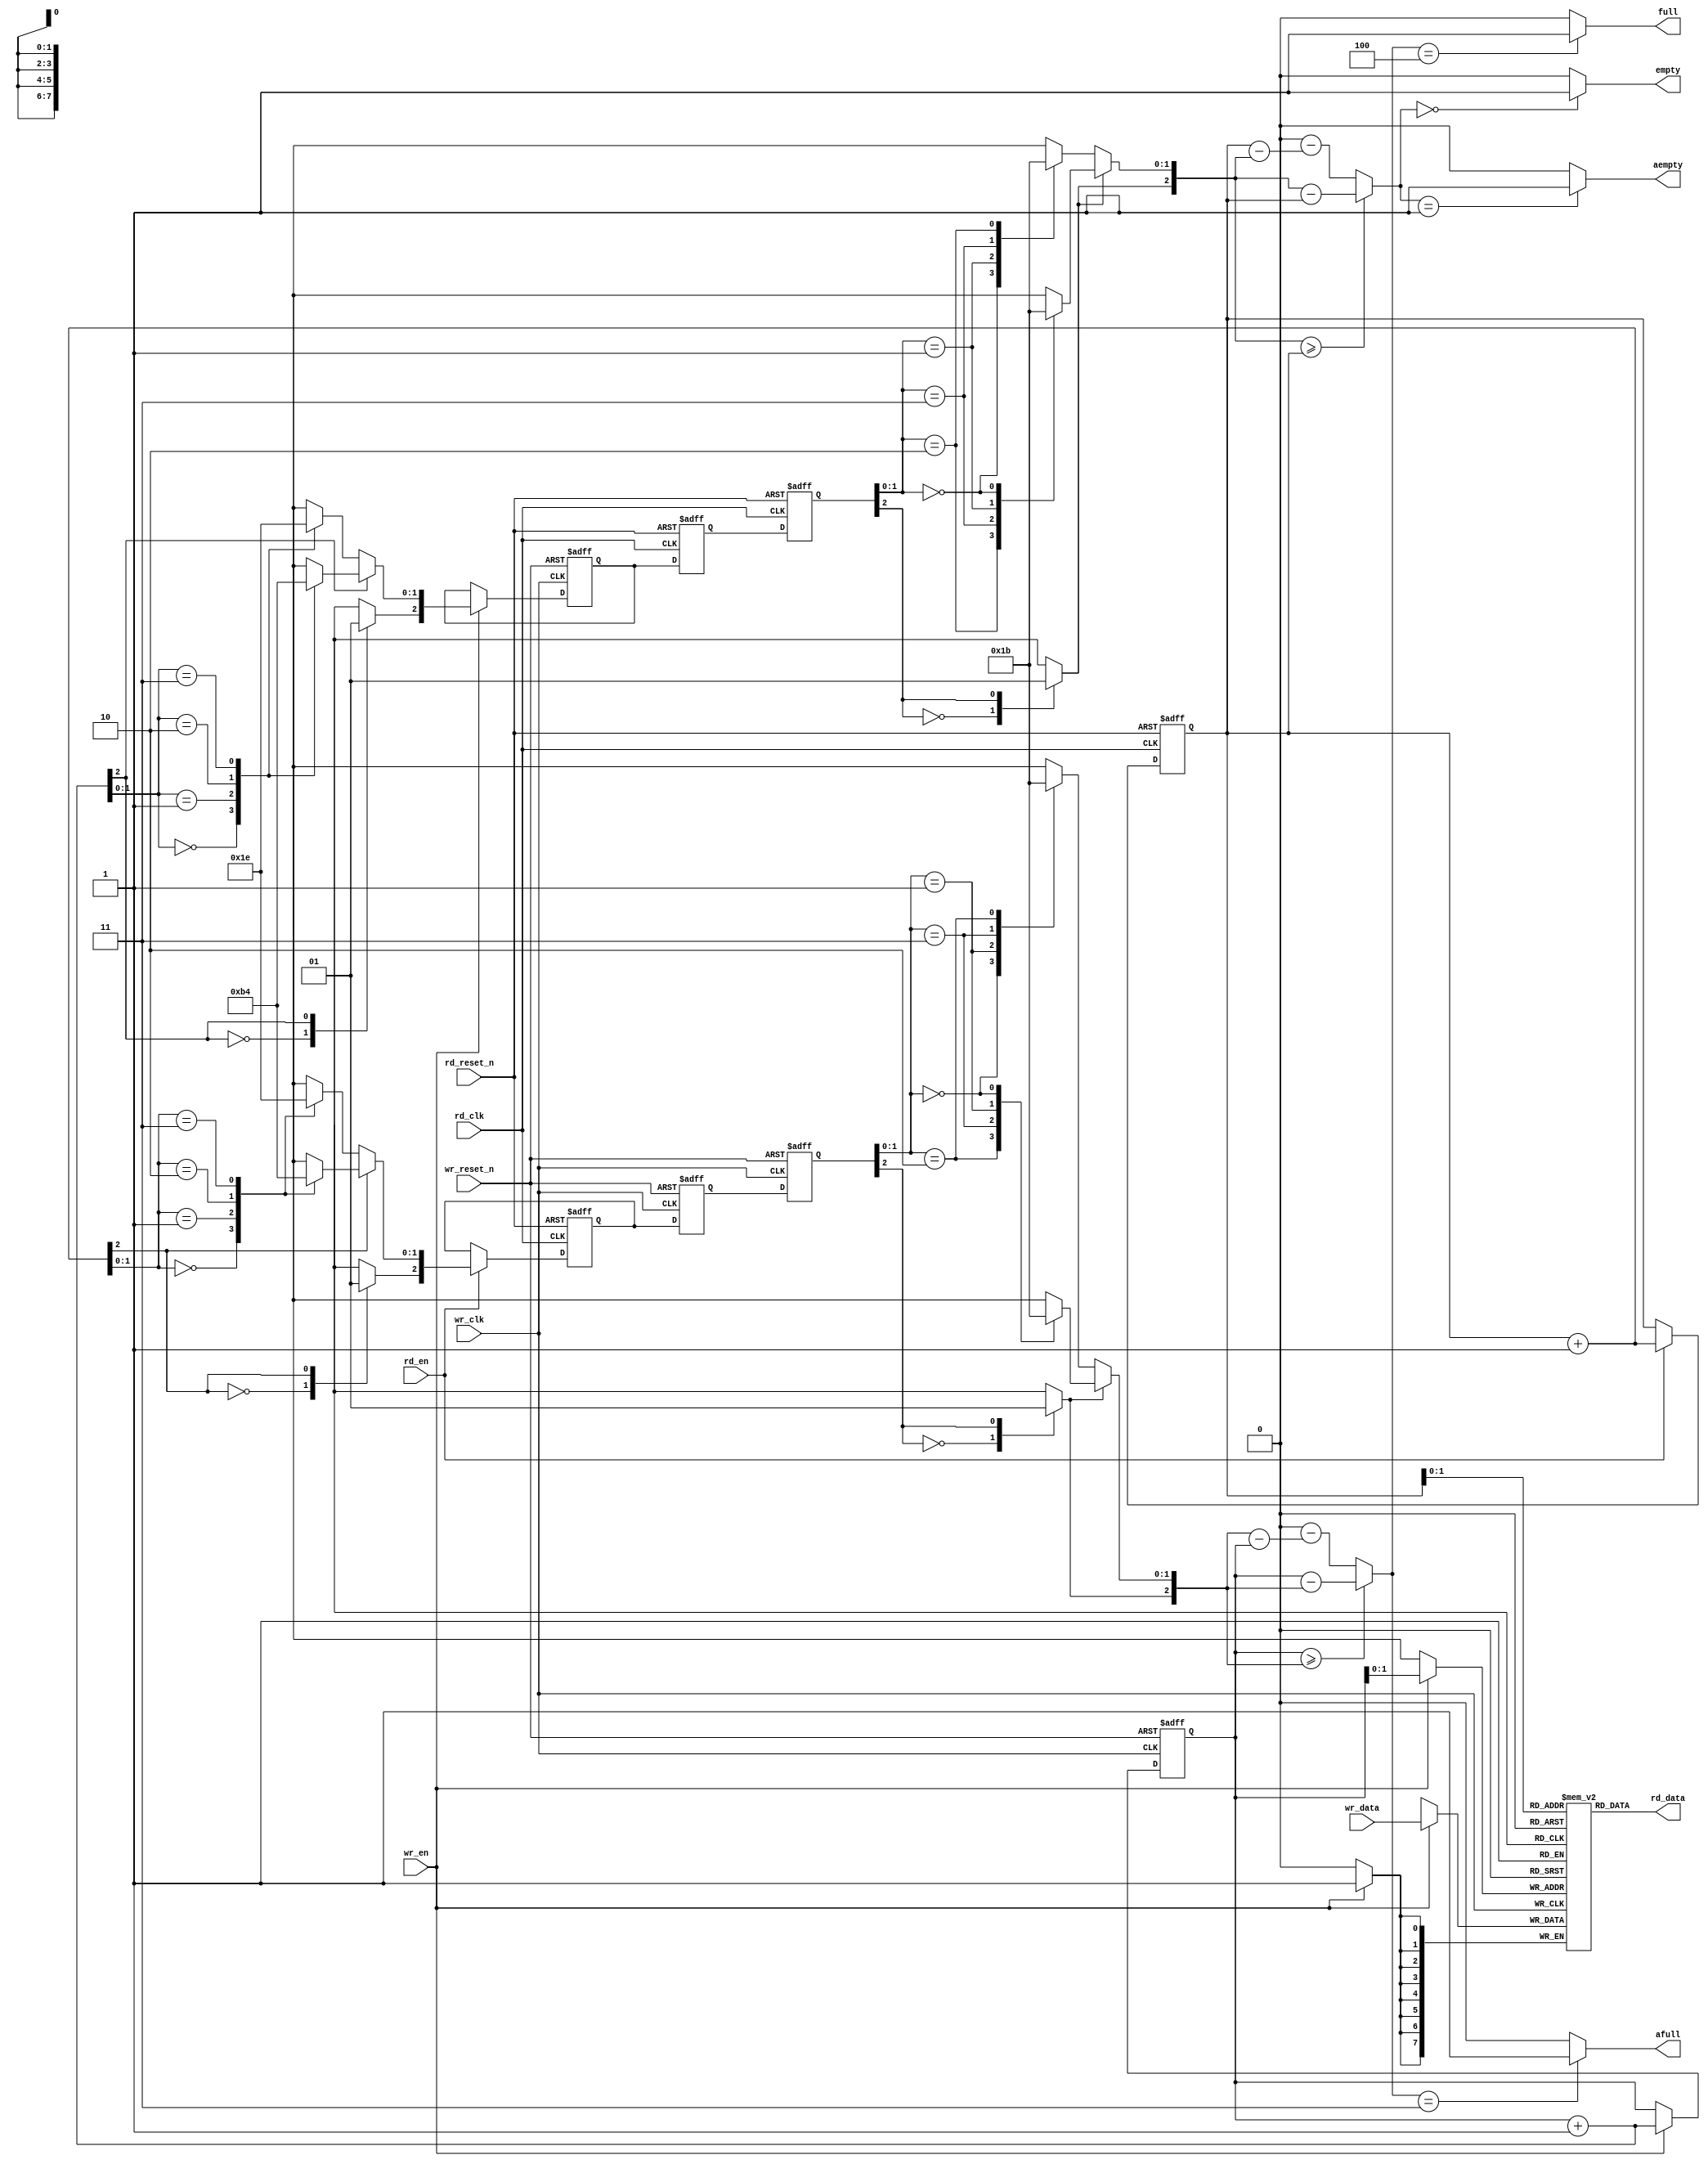
module async_fifo (wr_clk,
                   wr_reset_n,
                   wr_en,
                   wr_data,
                   full, // sync'ed to wr_clk
                   afull, // sync'ed to wr_clk
                   rd_clk,
                   rd_reset_n,
                   rd_en,
                   empty, // sync'ed to rd_clk
                   aempty, // sync'ed to rd_clk
                   rd_data);

   parameter W = 4'd8;
   parameter DP = 3'd4;
   parameter WR_FAST = 1'b1;
   parameter RD_FAST = 1'b1;
   parameter FULL_DP = DP;
   parameter EMPTY_DP = 1'b0;

   parameter AW = (DP == 2)   ? 1 :
          (DP == 4)   ? 2 :
                  (DP == 8)   ? 3 :
                  (DP == 16)  ? 4 :
                  (DP == 32)  ? 5 :
                  (DP == 64)  ? 6 :
                  (DP == 128) ? 7 :
                  (DP == 256) ? 8 : 0;

   output [W-1 : 0]  rd_data;
   input [W-1 : 0]   wr_data;
   input             wr_clk, wr_reset_n, wr_en, rd_clk, rd_reset_n,
                     rd_en;
   output            full, empty;
   output            afull, aempty;       // about full and about to empty


   // synopsys translate_off

   initial begin
    ASSERT_FIFO_DEPTH: assert ( AW !== 'd0 ) else $error("ERROR!!! Fifo depth not in range 2 to 256");
   end

   // synopsys translate_on

   reg [W-1 : 0]    mem[DP-1 : 0];

   /*********************** write side ************************/
   reg [AW:0] sync_rd_ptr_0, sync_rd_ptr_1;
   wire [AW:0] sync_rd_ptr;
   reg [AW:0] wr_ptr, grey_wr_ptr;
   reg [AW:0] grey_rd_ptr;
   reg full_q;
   wire full_c;
   wire afull_c;
   wire [AW:0] wr_ptr_inc = wr_ptr + 1'b1;
   wire [AW:0] wr_cnt = get_cnt(wr_ptr, sync_rd_ptr);

   assign full_c = (wr_cnt == FULL_DP) ? 1'b1 : 1'b0;
   assign afull_c = (wr_cnt == FULL_DP-1) ? 1'b1 : 1'b0;


   always @(posedge wr_clk or negedge wr_reset_n) begin
    if (!wr_reset_n) begin
        wr_ptr <= 0;
        grey_wr_ptr <= 0;
        full_q <= 0;
    end
    else if (wr_en) begin
        wr_ptr <= wr_ptr_inc;
        grey_wr_ptr <= bin2grey(wr_ptr_inc);
        if (wr_cnt == (FULL_DP-1)) begin
            full_q <= 1'b1;
        end
    end
    else begin
            if (full_q && (wr_cnt<FULL_DP)) begin
            full_q <= 1'b0;
            end
    end
    end

    assign full = (WR_FAST == 1) ? full_c : full_q;
    assign afull = afull_c;

    always @(posedge wr_clk) begin
    if (wr_en) begin
        mem[wr_ptr[AW-1:0]] <= wr_data;
    end
    end

    wire [AW:0] grey_rd_ptr_dly;
    assign #1 grey_rd_ptr_dly = grey_rd_ptr;

    // read pointer synchronizer
    always @(posedge wr_clk or negedge wr_reset_n) begin
    if (!wr_reset_n) begin
        sync_rd_ptr_0 <= 0;
        sync_rd_ptr_1 <= 0;
    end
    else begin
        sync_rd_ptr_0 <= grey_rd_ptr_dly;
        sync_rd_ptr_1 <= sync_rd_ptr_0;
    end
    end

    assign sync_rd_ptr = grey2bin(sync_rd_ptr_1);

   /************************ read side *****************************/
   reg [AW:0] sync_wr_ptr_0, sync_wr_ptr_1;
   wire [AW:0] sync_wr_ptr;
   reg [AW:0] rd_ptr;
   reg empty_q;
   wire empty_c;
   wire aempty_c;
   wire [AW:0] rd_ptr_inc = rd_ptr + 1'b1;
   wire [AW:0] sync_wr_ptr_dec = sync_wr_ptr - 1'b1;
   wire [AW:0] rd_cnt = get_cnt(sync_wr_ptr, rd_ptr);

   assign empty_c = (rd_cnt == 0) ? 1'b1 : 1'b0;
   assign aempty_c = (rd_cnt == 1) ? 1'b1 : 1'b0;

   always @(posedge rd_clk or negedge rd_reset_n) begin
      if (!rd_reset_n) begin
         rd_ptr <= 0;
     grey_rd_ptr <= 0;
     empty_q <= 1'b1;
      end
      else begin
         if (rd_en) begin
            rd_ptr <= rd_ptr_inc;
            grey_rd_ptr <= bin2grey(rd_ptr_inc);
            if (rd_cnt==(EMPTY_DP+1)) begin
               empty_q <= 1'b1;
            end
         end
         else begin
            if (empty_q && (rd_cnt!=EMPTY_DP)) begin
          empty_q <= 1'b0;
        end
         end
       end
    end

    assign empty = (RD_FAST == 1) ? empty_c : empty_q;
    assign aempty = aempty_c;

    reg [W-1 : 0]  rd_data_q;

   wire [W-1 : 0] rd_data_c = mem[rd_ptr[AW-1:0]];
   always @(posedge rd_clk) begin
    rd_data_q <= rd_data_c;
   end
   assign rd_data = (RD_FAST == 1) ? rd_data_c : rd_data_q;

    wire [AW:0] grey_wr_ptr_dly;
    assign #1 grey_wr_ptr_dly = grey_wr_ptr;

    // write pointer synchronizer
    always @(posedge rd_clk or negedge rd_reset_n) begin
    if (!rd_reset_n) begin
       sync_wr_ptr_0 <= 0;
       sync_wr_ptr_1 <= 0;
    end
    else begin
       sync_wr_ptr_0 <= grey_wr_ptr_dly;
       sync_wr_ptr_1 <= sync_wr_ptr_0;
    end
    end
    assign sync_wr_ptr = grey2bin(sync_wr_ptr_1);


/************************ functions ******************************/
function [AW:0] bin2grey;
input [AW:0] bin;
reg [8:0] bin_8;
reg [8:0] grey_8;
begin
    bin_8 = bin;
    grey_8[1:0] = do_grey(bin_8[2:0]);
    grey_8[3:2] = do_grey(bin_8[4:2]);
    grey_8[5:4] = do_grey(bin_8[6:4]);
    grey_8[7:6] = do_grey(bin_8[8:6]);
    grey_8[8] = bin_8[8];
    bin2grey = grey_8;
end
endfunction

function [AW:0] grey2bin;
input [AW:0] grey;
reg [8:0] grey_8;
reg [8:0] bin_8;
begin
    grey_8 = grey;
    bin_8[8] = grey_8[8];
    bin_8[7:6] = do_bin({bin_8[8], grey_8[7:6]});
    bin_8[5:4] = do_bin({bin_8[6], grey_8[5:4]});
    bin_8[3:2] = do_bin({bin_8[4], grey_8[3:2]});
    bin_8[1:0] = do_bin({bin_8[2], grey_8[1:0]});
    grey2bin = bin_8;
end
endfunction


function [1:0] do_grey;
input [2:0] bin;
begin
    if (bin[2]) begin  // do reverse grey
        case (bin[1:0])
            2'b00: do_grey = 2'b10;
            2'b01: do_grey = 2'b11;
            2'b10: do_grey = 2'b01;
            2'b11: do_grey = 2'b00;
        endcase
    end
    else begin
        case (bin[1:0])
            2'b00: do_grey = 2'b00;
            2'b01: do_grey = 2'b01;
            2'b10: do_grey = 2'b11;
            2'b11: do_grey = 2'b10;
        endcase
    end
end
endfunction

function [1:0] do_bin;
input [2:0] grey;
begin
    if (grey[2]) begin  // actually bin[2]
        case (grey[1:0])
            2'b10: do_bin = 2'b00;
            2'b11: do_bin = 2'b01;
            2'b01: do_bin = 2'b10;
            2'b00: do_bin = 2'b11;
        endcase
    end
    else begin
        case (grey[1:0])
            2'b00: do_bin = 2'b00;
            2'b01: do_bin = 2'b01;
            2'b11: do_bin = 2'b10;
            2'b10: do_bin = 2'b11;
        endcase
    end
end
endfunction

function [AW:0] get_cnt;
input [AW:0] wr_ptr, rd_ptr;
begin
    if (wr_ptr >= rd_ptr) begin
        get_cnt = (wr_ptr - rd_ptr);
    end
    else begin
        get_cnt = DP*2 - (rd_ptr - wr_ptr);
    end
end
endfunction

// synopsys translate_off

ASSERT_ASYNC_FIFO_OVERFLOW: assert property( @(posedge wr_clk)
    wr_en===1'b1 |-> full===1'd0
) else $error("async fifo: overflow!");

ASSERT_ASYNC_FIFO_UNDERFLOW: assert property( @(posedge rd_clk)
    rd_en===1'd1 |-> empty===1'd0
) else $error("async fifo: underflow!");

// synopsys translate_on

endmodule